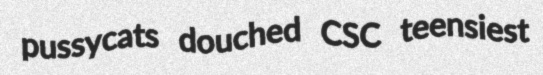
pussycats douched CSC teensiest